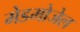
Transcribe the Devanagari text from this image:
मेडमोजेल